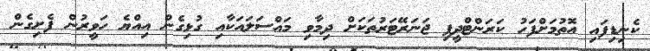
ކެނިޑިފައި އޮތުމަށްފަހު ކަރަންޓްދީފި ޖަނަރޭޓަރުތަކަށް ދިމާވި މައްސަލައަކާއި ގުޅިގެން އިއްޔެ ހަވީރުން ފެށިގެން